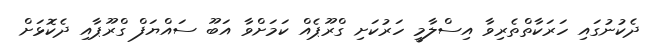
ދެކުނުގައި ހަރަކާތްތެރިވާ އިސްލާމީ ހަރުކަށި ގްރޫޕެއް ކަމަށްވާ އަބޫ ސައްޔަފް ގްރޫޕާއި ދެކޮޅަށް